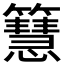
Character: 𥶙